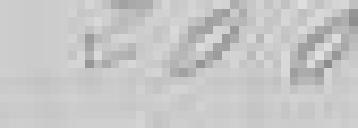
200